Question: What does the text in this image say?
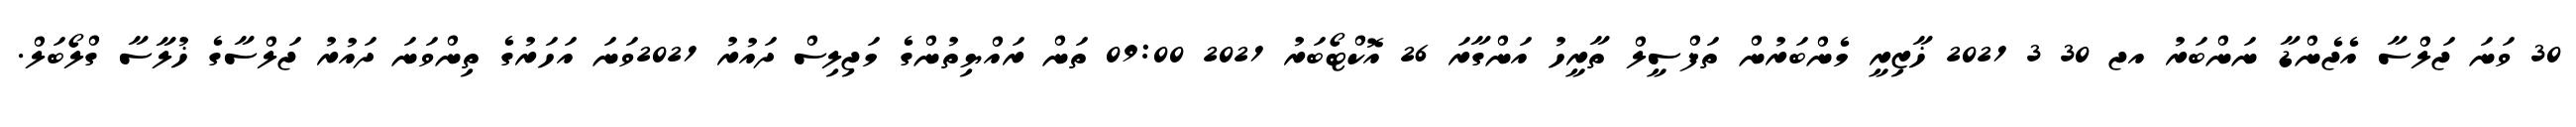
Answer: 30 ވަނަ ޖަލްސާ އެޖެންޑާ ނަންބަރު އޖ 30 3 2021 ޚާޒިރީ މެންބަރުން ތަފްސީލް ތާރީހު އަންގާރަ 26 އޮކްޓޯބަރު 2021 09:00 ތަން ރައްޔިތުންގެ މަޖިލިސް ދައުރު 2021ވަނަ އަހަރުގެ ތިންވަނަ ދައުރު ޖަލްސާގެ ޚުލާސާ ގްލޯބަލް.